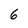
Character: 6